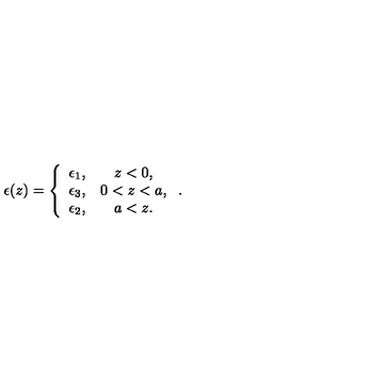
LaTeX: \epsilon ( z ) = \left\{ \begin{array} { c c } { \epsilon _ { 1 } , } & { z < 0 , } \\ { \epsilon _ { 3 } , } & { 0 < z < a , } \\ { \epsilon _ { 2 } , } & { a < z . } \\ \end{array} \right. .